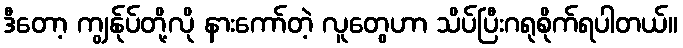
ဒီတော့ ကျွန်ုပ်တို့လို နားကော်တဲ့ လူတွေဟာ သိပ်ပြီးဂရုစိုက်ရပါတယ်။